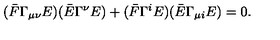
( \bar { F } \Gamma _ { \mu \nu } E ) ( \bar { E } \Gamma ^ { \nu } E ) + ( \bar { F } \Gamma ^ { i } E ) ( \bar { E } \Gamma _ { \mu i } E ) = 0 .